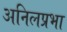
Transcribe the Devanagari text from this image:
अनिलप्रभा